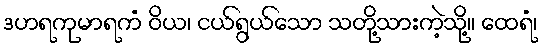
ဒဟရကုမာရကံ ဝိယ၊ ငယ်ရွယ်သော သတို့သားကဲ့သို့။ ထေရံ၊